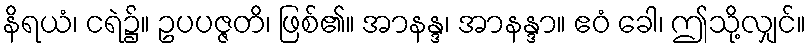
နိရယံ၊ ငရဲ၌။ ဥပပဇ္ဇတိ၊ ဖြစ်၏။ အာနန္ဒ၊ အာနန္ဒာ။ ဧဝံ ခေါ၊ ဤသို့လျှင်။